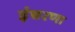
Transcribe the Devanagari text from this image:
इंचरणा